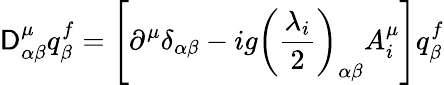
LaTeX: \mathsf{D}_{\alpha\beta}^{\mu}q_{\beta}^{f}=\left[\partial^{\mu}\delta_{\alpha\beta}-ig\left(\frac{{\lambda_{i}}}{{2}}\right)_{\alpha\beta}A_{i}^{\mu}\right]q_{\beta}^{f}